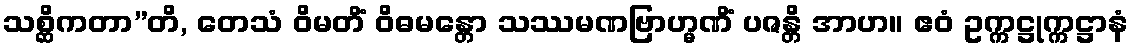
သစ္ဆိကတာ”တိ, တေသံ ဝိမတိံ ဝိဓမန္တော သဿမဏဗြာဟ္မဏိံ ပဇန္တိ အာဟ။ ဧဝံ ဥက္ကဋ္ဌုက္ကဋ္ဌာနံ